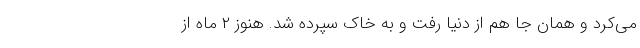
می‌کرد و همان ‌جا هم از دنیا رفت و به خاک سپرده شد. هنوز ۲ ماه از